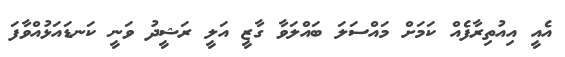
އެއީ އިއުތިރާފެއް ކަމަށް މައްސަލަ ބައްލަވާ ގާޒީ އަލީ ރަޝީދު ވަނީ ކަނޑައަޅުއްވާފަ